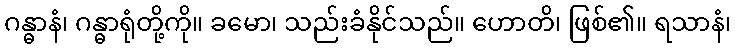
ဂန္ဓာနံ၊ ဂန္ဓာရုံတို့ကို။ ခမော၊ သည်းခံနိုင်သည်။ ဟောတိ၊ ဖြစ်၏။ ရသာနံ၊